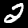
Digit: 2